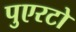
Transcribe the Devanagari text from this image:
पुएरटो